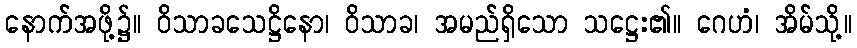
နောက်အဖို့၌။ ဝိသာခသေဋ္ဌိနော၊ ဝိသာခ၊ အမည်ရှိသော သဋ္ဌေး၏။ ဂေဟံ၊ အိမ်သို့။